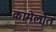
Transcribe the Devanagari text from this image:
कामेलोत